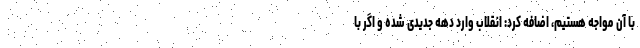
با آن مواجه هستیم، اضافه کرد: انقلاب وارد دهه جدیدی شده و اگر با